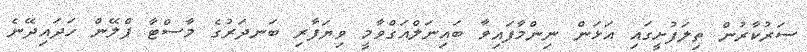
ސަރުކާރުން ތިލަފުށީގައި އަޅަން ނިންމާފައިވާ ބައިނަލްއަގްވާމީ ވިޔަފާރި ބަނދަރުގެ މާސްޓާ ޕްލޭން ހަދައިދޭނެ